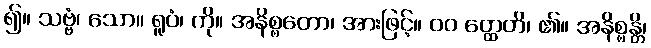
၍။ သဗ္ဗံ၊ သော။ ရူပံ၊ ကို။ အနိစ္စတော၊ အားဖြင့်။ ၀၀ တ္ထေတိ၊ ၏။ အနိစ္စန္တိ၊